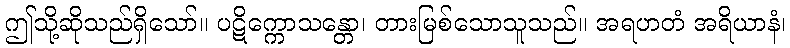
ဤသို့ဆိုသည်ရှိသော်။ ပဋိက္ကောသန္တော၊ တားမြစ်သောသူသည်။ အရဟတံ အရိယာနံ၊